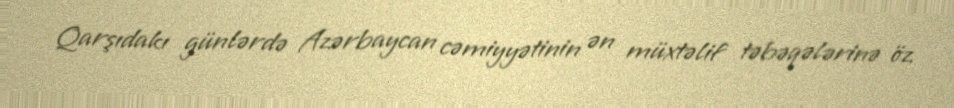
Qarşıdakı günlərdə Azərbaycan cəmiyyətinin ən müxtəlif təbəqələrinə öz